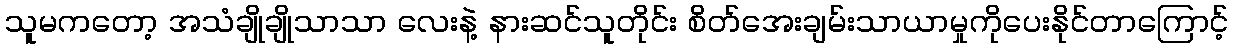
သူမကတော့ အသံချိုချိုသာသာ လေးနဲ့ နားဆင်သူတိုင်း စိတ်အေးချမ်းသာယာမှုကိုပေးနိုင်တာကြောင့်